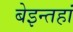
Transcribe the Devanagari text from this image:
बेइन्तहां